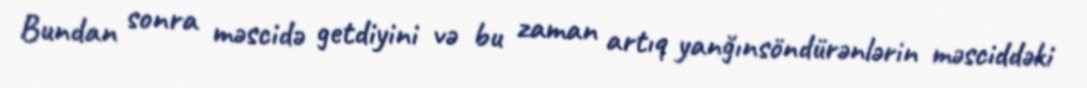
Bundan sonra məscidə getdiyini və bu zaman artıq yanğınsöndürənlərin məsciddəki